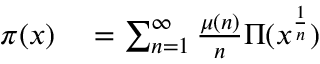
\begin{array} { r l } { \pi ( x ) } & { { } = \sum _ { n = 1 } ^ { \infty } { \frac { \mu ( n ) } { n } } \Pi ( x ^ { \frac { 1 } { n } } ) } \end{array}